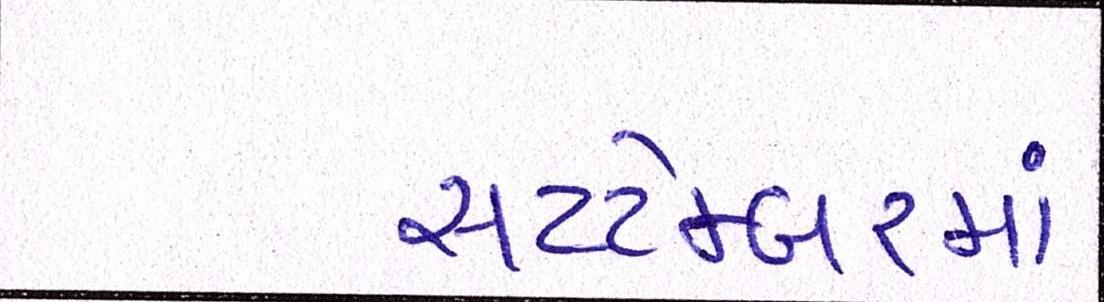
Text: સપ્ટેમ્બરમાં